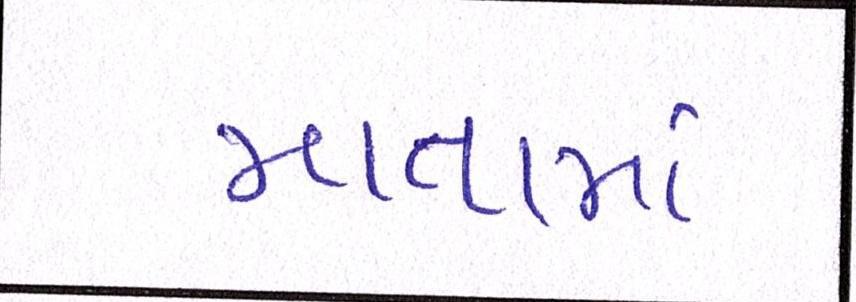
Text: માતામાં